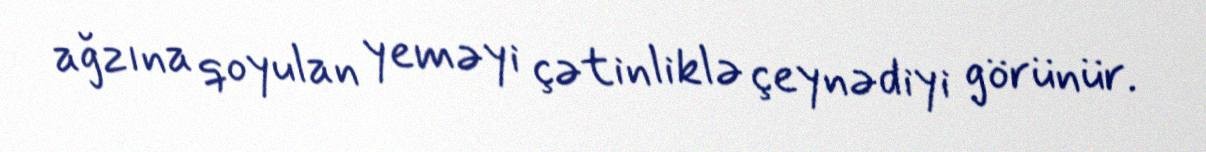
ağzına qoyulan yeməyi çətinliklə çeynədiyi görünür.